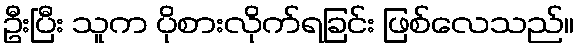
ဦးပြီး သူက ပိုစားလိုက်ရခြင်း ဖြစ်လေသည်။